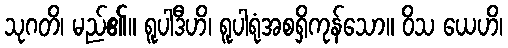
သုဂတိ၊ မည်၏။ ရူပါဒီဟိ၊ ရူပါရုံအစရှိကုန်သော။ ဝိသ ယေဟိ၊